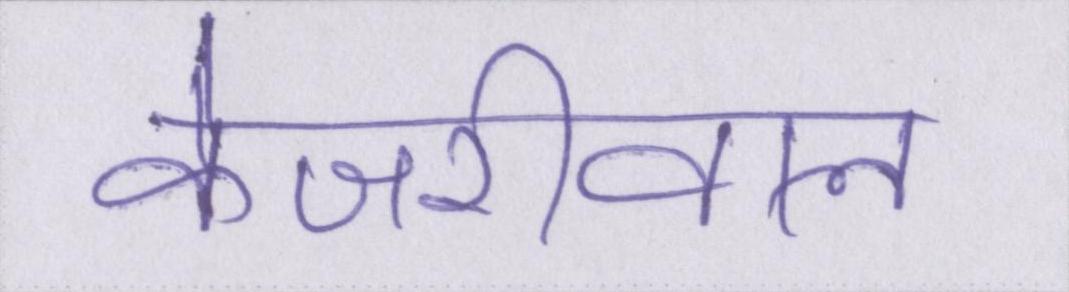
केजरीवाल